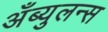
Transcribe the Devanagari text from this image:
अँब्युलन्स